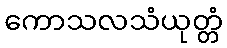
ကောသလသံယုတ္တံ